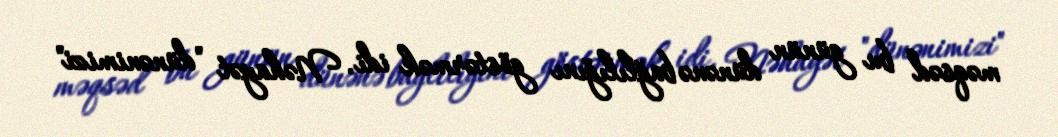
məqsəd bu günün dünənə bağlılığını göstərmək idi. Nəhayət "dünənimizi"